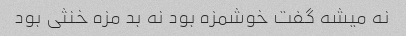
نه میشه گفت خوشمزه بود نه بد مزه خنثی بود